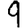
Digit: 9